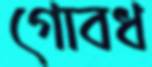
গোবধ